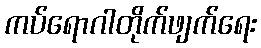
ကပ်ရောဂါတိုက်ဖျက်ရေး